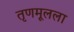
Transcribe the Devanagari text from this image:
तृणमूलला